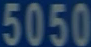
5050